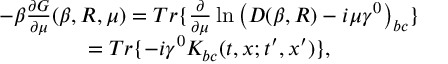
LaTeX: \begin{array} { c } { { - \beta \frac { \partial G } { \partial \mu } ( \beta , R , \mu ) = T r \{ \frac \partial { \partial \mu } \ln \left( D ( \beta , R ) - i \mu \gamma ^ { 0 } \right) _ { b c } \} } } \\ { { = T r \{ - i \gamma ^ { 0 } K _ { b c } ( t , x ; t ^ { \prime } , x ^ { \prime } ) \} , } } \end{array}